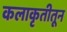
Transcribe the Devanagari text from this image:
कलाकृतीतून